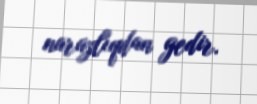
narazlıqdan gedir.